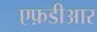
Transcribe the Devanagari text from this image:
एफ़डीआर